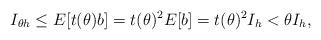
LaTeX: \begin{align*}I_{\theta h}\leq E[t(\theta)b]=t(\theta)^{2}E[b]=t(\theta)^{2}I_{h}<\theta I_h,\end{align*}